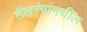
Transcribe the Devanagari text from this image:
तैलरंगांमधील